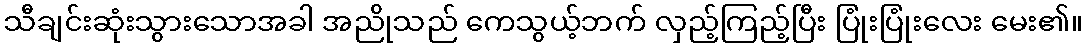
သီချင်းဆုံးသွားသောအခါ အညိုသည် ကေသွယ့်ဘက် လှည့်ကြည့်ပြီး ပြုံးပြုံးလေး မေး၏။